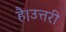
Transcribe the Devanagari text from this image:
है।उत्तरी